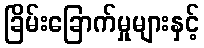
ခြိမ်းခြောက်မှုများနှင့်